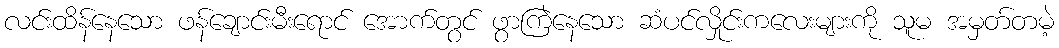
လင်းထိန်နေသော ဖန်ချောင်းမီးရောင် အောက်တွင် ဖွာကြဲနေသော ဆံပင်လှိုင်းကလေးများကို သူမ အမှတ်တမဲ့